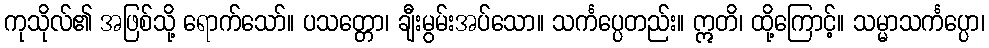
ကုသိုလ်၏ အဖြစ်သို့ ရောက်သော်။ ပသတ္တော၊ ချီးမွမ်းအပ်သော။ သင်္ကပ္ပေတည်း။ ဣတိ၊ ထို့ကြောင့်။ သမ္မာသင်္ကပ္ပော၊